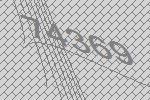
74369